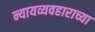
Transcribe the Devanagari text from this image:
न्यायव्यवहाराच्या